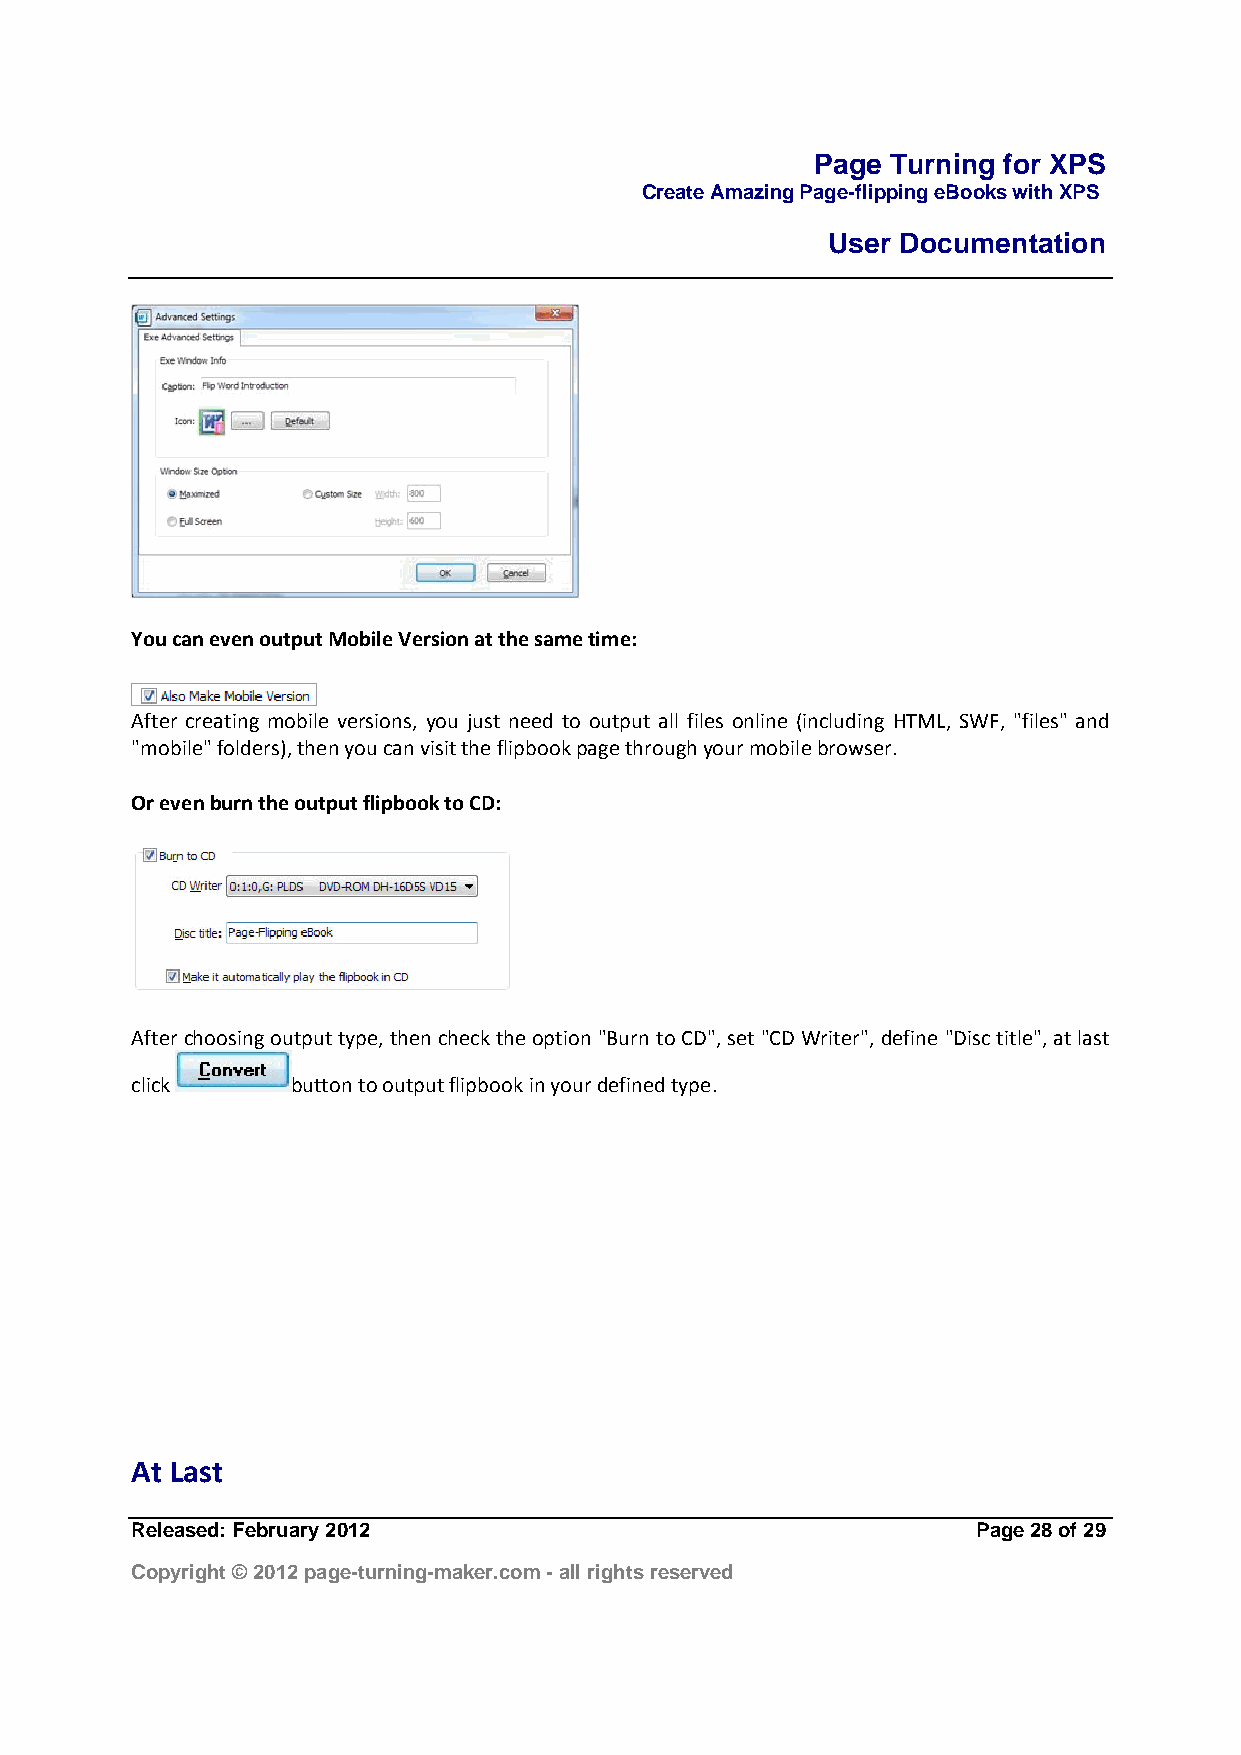
Page Turning for XPS
 Create Amazing Page-flipping eBooks with XPS
 User Documentation
 You can even output Mobile Version at the same time:
 After creating mobile versions, you just need to output all files online (including HTML, SWF, "files" and
 "mobile" folders), then you can visit the flipbook page through your mobile browser.
 Or even burn the output flipbook to CD:
 After choosing output type, then check the option "Burn to CD", set "CD Writer", define "Disc title", at last
 click     button to output flipbook in your defined type.
 At Last
 Released: February 2012                                 Page 28 of 29
 Copyright © 2012 page-turning-maker.com - all rights reserved